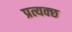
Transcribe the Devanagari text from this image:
प्रत्यक्छ